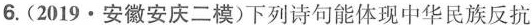
6.(2019·安徽安庆二模)下列诗句能体现中华民族反抗